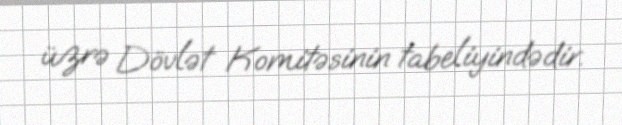
üzrə Dövlət Komitəsinin tabeliyindədir.